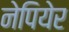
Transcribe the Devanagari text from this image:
नेपियेर